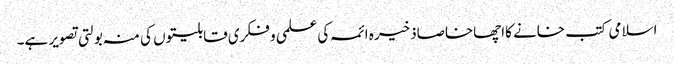
اسلامی کتب خانے کااچھاخاصاذخیرہ ائمہ کی علمی و فکری قابلیتوں کی منہ بولتی تصویر ہے۔